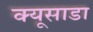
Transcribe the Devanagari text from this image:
क्यूसाडा